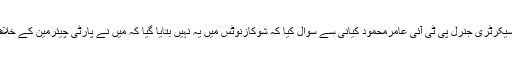
اپنے جواب میں مرکزی سیکرٹری جنرل پی ٹی آئی عامرمحمود کیانی سے سوال کیا کہ شوکازنوٹس میں یہ نہیں بتایا گیا کہ میں نے پارٹی چیئرمین کے خلاف کب اور کہاں بات کی؟